Indian journal of veterinary science and animal husbandry - Volumes 22-23, 1952-1953
Year: 1952
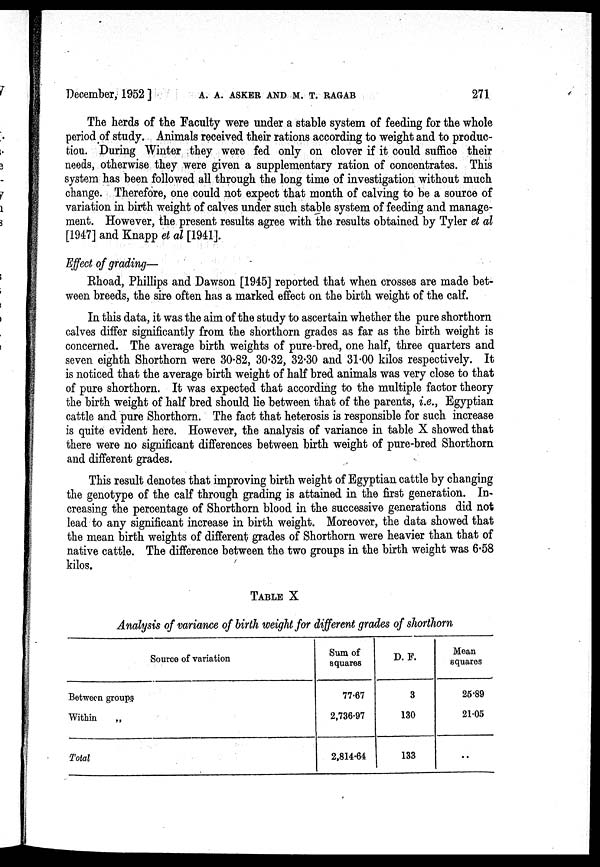
December, 1952] A. A. ASKER AND M. T. RAGAB 271
The herds of the Faculty were under a stable system of feeding for the whole
period of study. Animals received their rations according to weight and to produc-
tion. During Winter they were fed only on clover if it could suffice their
needs, otherwise they were given a supplementary ration of concentrates. This
system has been followed all through the long time of investigation without much
change. Therefore, one could not expect that month of calving to be a source of
variation in birth weight of calves under such stable system of feeding and manage-
ment. However, the present results agree with the results obtained by Tyler et al
[1947] and Knapp et al [1941].
Effect of grading—
Rhoad, Phillips and Dawson [1945] reported that when crosses are made bet-
ween breeds, the sire often has a marked effect on the birth weight of the calf.
In this data, it was the aim of the study to ascertain whether the pure shorthorn
calves differ significantly from the shorthorn grades as far as the birth weight is
concerned. The average birth weights of pure-bred, one half, three quarters and
seven eighth Shorthorn were 30.82, 30.32, 32.30 and 31.00 kilos respectively. It
is noticed that the average birth weight of half bred animals was very close to that
of pure shorthorn. It was expected that according to the multiple factor theory
the birth weight of half bred should lie between that of the parents, i.e., Egyptian
cattle and pure Shorthorn. The fact that heterosis is responsible for such increase
is quite evident here. However, the analysis of variance in table X showed that
there were no significant differences between birth weight of pure-bred Shorthorn
and different grades.
This result denotes that improving birth weight of Egyptian cattle by changing
the genotype of the calf through grading is attained in the first generation. In-
creasing the percentage of Shorthorn blood in the successive generations did not
lead to any significant increase in birth weight. Moreover, the data showed that
the mean birth weights of different grades of Shorthorn were heavier than that of
native cattle. The difference between the two groups in the birth weight was 6.58
kilos.
TABLE X
Analysis of variance of birth weight for different grades of shorthorn
Source of variation
Between groups
Within
Total
Sum of
squares
77.67
2,736.97
2,814.64
D. F.
3
130
133
Mean
squares
25.89
21.05